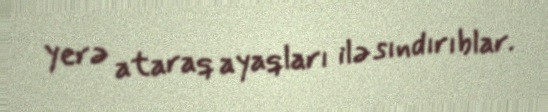
yerə ataraq ayaqları ilə sındırıblar.